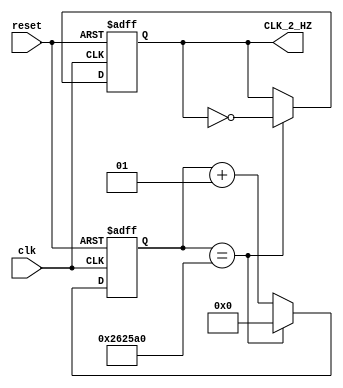
module clock_divider(
    input clk,              // Our input clock, it expects 100 MHz!
    input reset,            // Reset for resetting, in case you need to reset
    output reg CLK_2_HZ = 0 // Our output clock, notice its in Hz not MHz
    );
    integer count_2_HZ = 0;    // This is our count integer
    always @(posedge clk, posedge reset) begin // This is the start of our behavioral logic
        if(reset) begin                              // The logic below happens every positive edge
            count_2_HZ <= 0;                         // The reset is asynchronous
            CLK_2_HZ <= 0;
        end
        else begin
            if(count_2_HZ == 2500000) begin     // This is how we control the output clock's frequency
                count_2_HZ <= 0;                // count must equal to (input_clock)/(desired_output_clock)
                CLK_2_HZ <= ~CLK_2_HZ;          // Here's where we invert our output clock
            end
            else
                count_2_HZ <= count_2_HZ + 1;   // Don't forget this line, I've forgetten this many times
        end
    end
endmodule